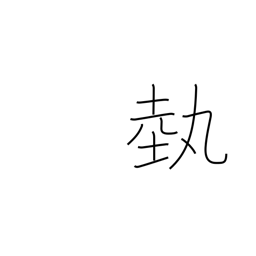
Meaning: art